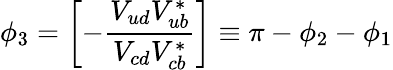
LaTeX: \phi_{3}=\left[-\frac{V_{ud}V_{ub}^{\ast}}{V_{cd}V_{cb}^{\ast}}\right]\equiv\pi-\phi_{2}-\phi_{1}